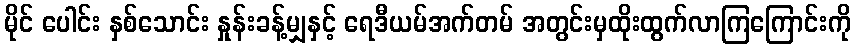
မိုင် ပေါင်း နှစ်သောင်း နှုန်းခန့်မျှနှင့် ရေဒီယမ်အက်တမ် အတွင်းမှထိုးထွက်လာကြကြောင်းကို